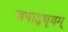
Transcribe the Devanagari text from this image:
जपाद्‌धृवम्